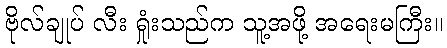
ဗိုလ်ချုပ် လီး ရှုံးသည်က သူ့အဖို့ အရေးမကြီး။